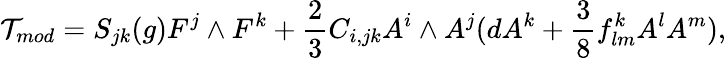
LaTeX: {\cal T}_{mod}=S_{jk}(g){F}^{j}\wedge{F}^{k}+\frac{2}{3}C_{i,jk}A^{i}\wedge A^{j}(dA^{k}+\frac{3}{8}f_{lm}^{k}A^{l}A^{m}),